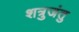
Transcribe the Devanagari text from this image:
शत्रुजंतु